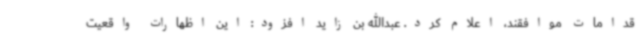
قدامات موافقند، اعلام کرد. عبدالله بن زاید افزود: این اظهارات واقعیت